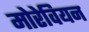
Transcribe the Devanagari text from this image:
मोरेवियन